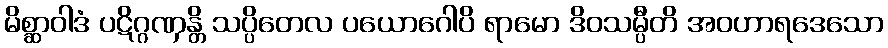
မိစ္ဆာဝါဒံ ပဋိဂ္ဂဏှန္တိ သပ္ပိတေလ ပယောဂေါပိ ရာမော ဒိဝသမ္ပီတိ အဝဟာရဒေသော